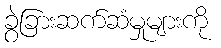
ခွဲခြားဆက်ဆံမှုများကို